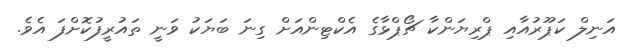
އަނިލް ކަޕޫރުއާއި ޕްރިޔަންކާ ޗޯޕްޅާގެ އެކްޓިންއަށް ގިނަ ބަޔަކު ވަނީ ތައުރީފުކޮށްފަ އެވެ.